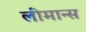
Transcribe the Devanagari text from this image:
लीमान्स